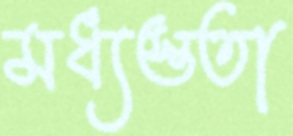
মধ্যস্ততা